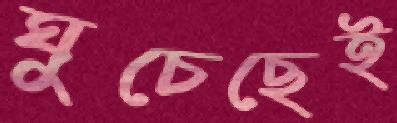
ঘুচেছেই